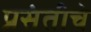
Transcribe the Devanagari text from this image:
प्रसंतीचे